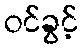
ဝင်ခွင့်